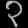
Digit: ၃